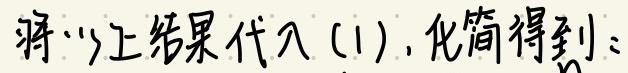
将以上结果代入(1), 化简得到: